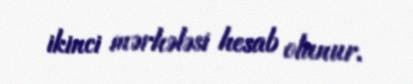
ikinci mərhələsi hesab olunur.